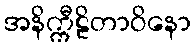
အနိက္ကီဠိတာဝိနော